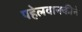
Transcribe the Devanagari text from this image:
पहेलवानकीने